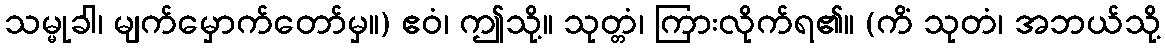
သမ္မုခါ၊ မျက်မှောက်တော်မှ။) ဧဝံ၊ ဤသို့။ သုတ္တံ၊ ကြားလိုက်ရ၏။ (ကိံ သုတံ၊ အဘယ်သို့